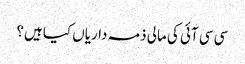
سی سی آئی کی مالی ذمہ داریاں کیا ہیں؟